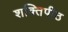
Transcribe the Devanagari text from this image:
शक्‍ितपीठ